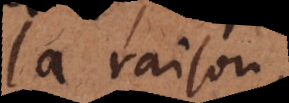
la raison